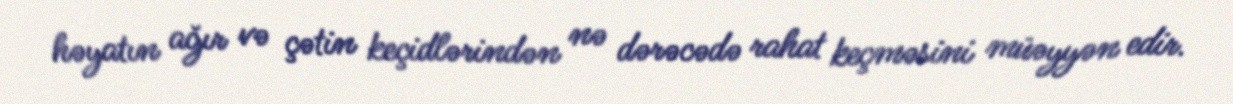
həyatın ağır və çətin keçidlərindən nə dərəcədə rahat keçməsini müəyyən edir.